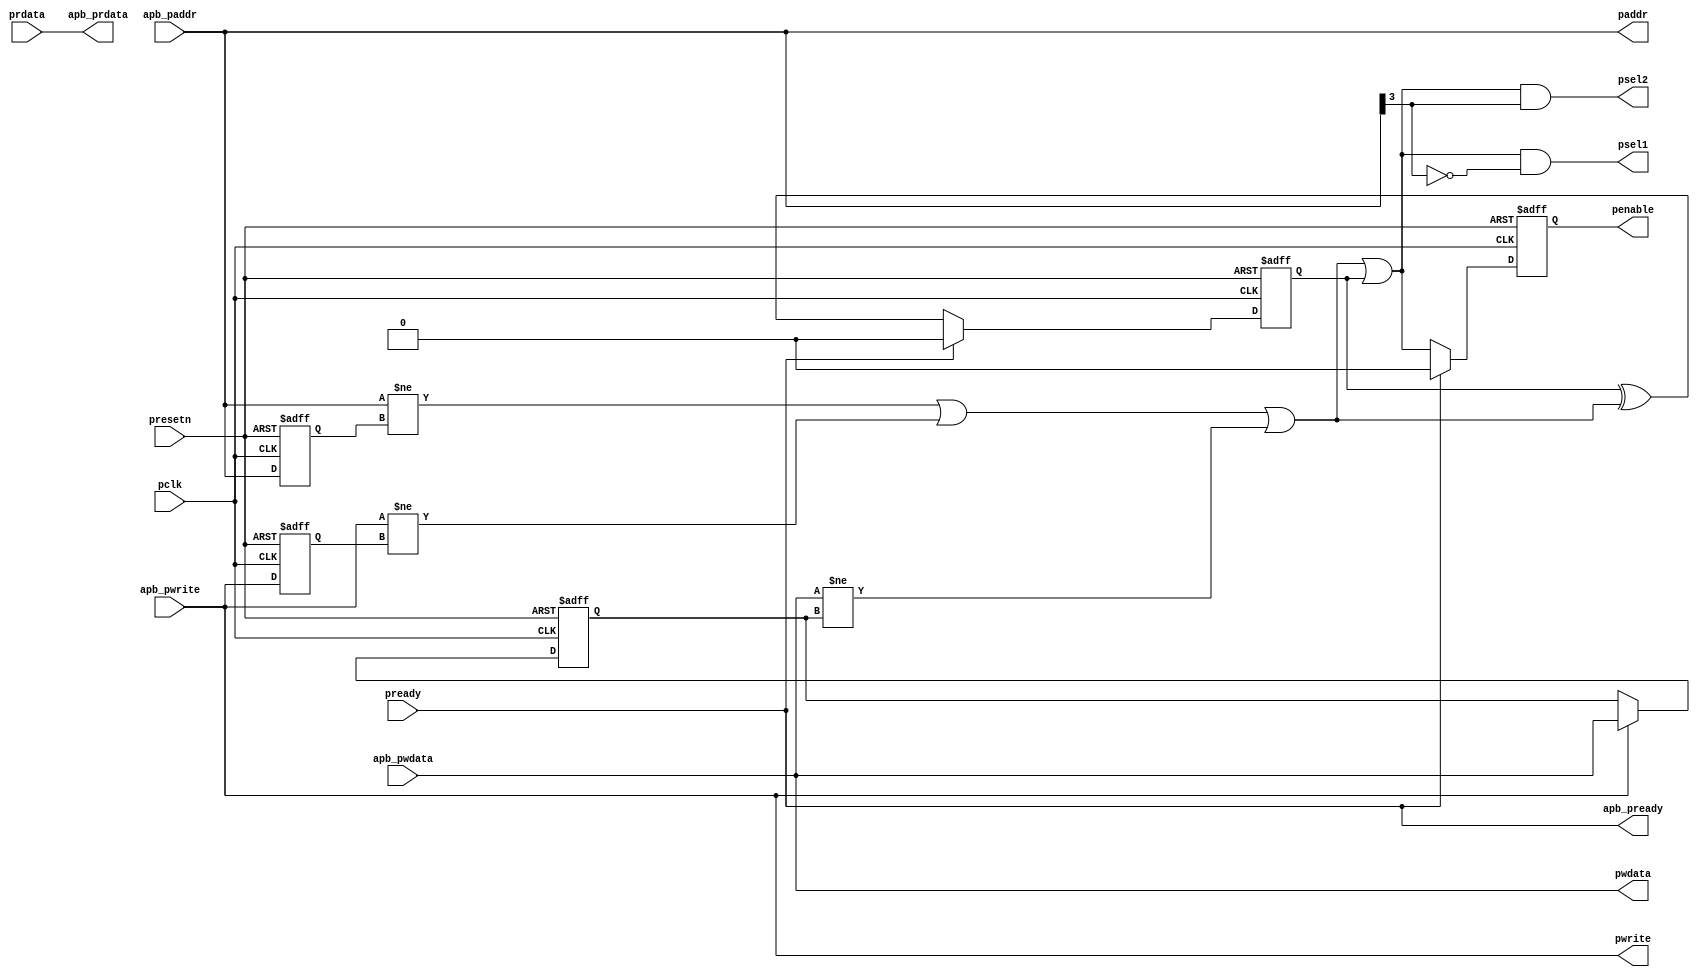
module APB_MASTER
#(
parameter ADDR_WIDTH = 4,//can be 1 ~ 32bits 
parameter DATA_WIDTH = 4 //can be 1 ~ 32bits 
)
(
	pclk,
	presetn,
	//Top moudle signal
	apb_pwrite,
	apb_paddr,
	apb_pwdata,
	apb_prdata,
	apb_pready,
	
	//master
	pwrite,
	paddr,
	pwdata,
	psel1,
	psel2,
	penable,
	
	//slave
	prdata,
	pready
);

//================================================================
//  input output declaration
//================================================================
input pclk, presetn;
//write
input apb_pwrite;
output pwrite;
//addr
input [ADDR_WIDTH - 1 : 0] apb_paddr;
output [ADDR_WIDTH - 1 : 0] paddr;
//data
input [DATA_WIDTH - 1 : 0] prdata, apb_pwdata;
output [DATA_WIDTH - 1 : 0] pwdata, apb_prdata;
//ready
input pready;
output apb_pready;
//To slave signal
output psel1, psel2;
output reg penable;

//================================================================
//  variables
//================================================================
//determine transfer switching
reg [ADDR_WIDTH - 1 : 0] apb_paddr_r;
reg [DATA_WIDTH - 1 : 0] pwdata_r;
reg apb_pwrite_r;
wire transfer;
reg transfer_r;
reg pready_r;
wire psel;

//determine transfer switching
always@(posedge pclk, negedge presetn)begin
	if(~presetn) begin
		apb_paddr_r <= 0;
		pwdata_r <= 0;
		apb_pwrite_r <= 0;
	end
	else begin
		apb_paddr_r <= apb_paddr;
		apb_pwrite_r <= pwrite;
		
		if(apb_pwrite) //if there is read mode, don't care pwdata
			pwdata_r <= pwdata;
	end
end

assign transfer = (apb_paddr != apb_paddr_r | apb_pwrite != apb_pwrite_r | pwdata != pwdata_r);//if any input changes

always@(posedge pclk, negedge presetn)begin
	if(~presetn) 
		transfer_r <= 0;
	else begin
		if(~pready)
			transfer_r <= transfer_r ^ transfer;
		else
			transfer_r <= 0;
	end
end

always@(posedge pclk, negedge presetn)begin
	if(~presetn) 
		pready_r <= 0;
	else begin
		pready_r <= pready;
	end
end


//================================================================
//  output
//================================================================
//output psel1, psel2;
assign psel = (transfer | transfer_r); //pready 1 > 0, psel = 0; but if transfer = 1, psel = 1
assign psel1 = psel & (~paddr[ADDR_WIDTH - 1]);//my define, If the addr exceeds half of the total MEM size, select MEM 1.
assign psel2 = psel & (paddr[ADDR_WIDTH - 1]);//my define, otherwize, select MEM 2.

//output penable;
always@(posedge pclk, negedge presetn)begin
	if(~presetn) 
		penable <= 0;
	else begin
		if(pready)
			penable <= 0;
		else
			penable <= psel;
	end
end

//by pass data
//addr
assign paddr = apb_paddr;
//data
assign pwdata = apb_pwdata;
assign apb_prdata = prdata;
//ready
assign apb_pready = pready;
//write
assign pwrite = apb_pwrite;

endmodule